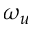
\omega _ { u }